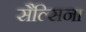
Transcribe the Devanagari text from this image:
सैल्सिना